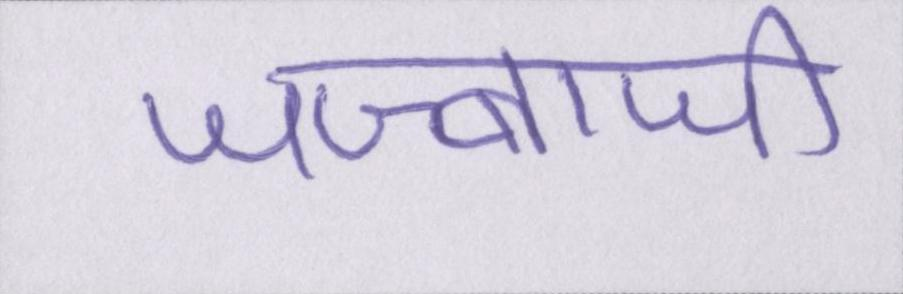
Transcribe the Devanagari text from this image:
जज्बाजी